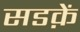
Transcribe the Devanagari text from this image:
सडक़ें